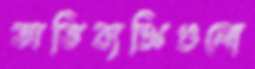
অভিব্যক্তিগুলো